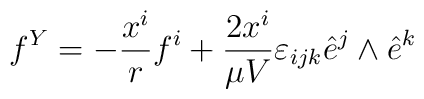
f^{Y}=-\frac{x^i}{r}f^{i}+\frac{2x^i}{\mu V}\varepsilon_{ijk}\hat e^{j}\land\hat e^{k}